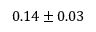
0 . 1 4 \pm 0 . 0 3